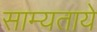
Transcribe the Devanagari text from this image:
साम्यताये